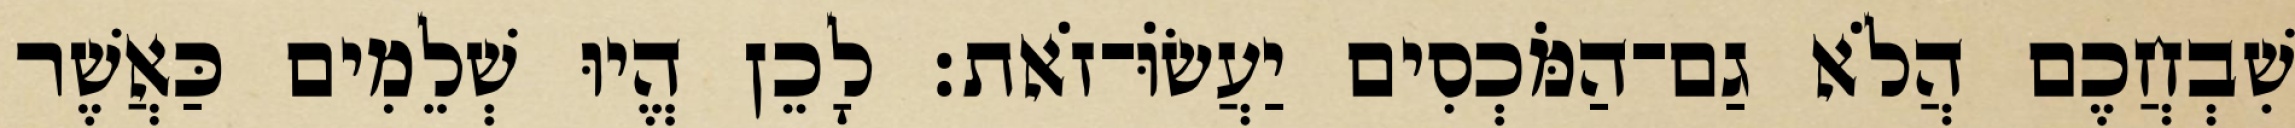
שִׁבְחֲכֶם הֲלֹא גַם־הַמֹּכְסִים יַעֲשׂוֹּ־זֹאת׃ לָכֵן הֱיוּ שְׁלֵמִים כַּאֲשֶׁר